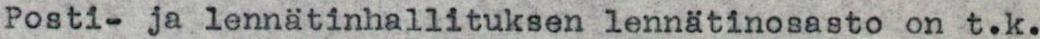
Posti- ja lennätinhallituksen lennätinosasto on t.k.